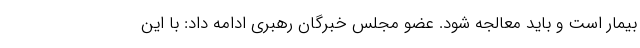
بیمار است و باید معالجه شود. عضو مجلس خبرگان رهبری ادامه داد: با این